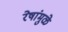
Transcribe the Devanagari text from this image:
रेषांमुळे